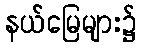
နယ်မြေများ၌